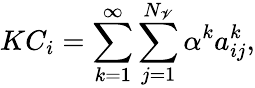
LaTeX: KC_{i}=\sum_{k=1}^{\infty}\sum_{j=1}^{N_{\mathscr{V}}}\alpha^{k}a_{ij}^{k},